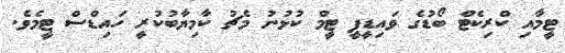
ޓީމާއި ކްރިކެޓް ބޯޑުގެ ވައިޑީޕީ ޓީމް ކުޅުނު މެޗު ކާމިޔާބުކުރީ ހައިޑްސް ޓީމެވެ.